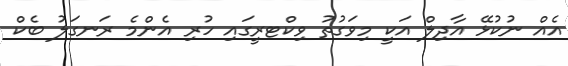
އެއް ނުކުޅޭ އާދިލް އަކީ މިވަގުތު ވިކްޓރީގައި ހުރި އެންމެ ރަނގަލު ބެކް